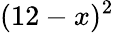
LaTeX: (12-x)^{2}